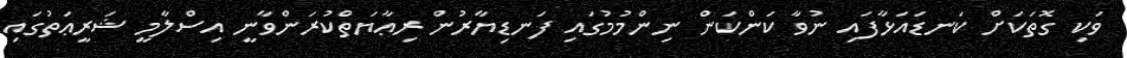
ވަކި ގޮތަކަށް ކަނޑައަޅާފައި ނުވާ ކަންކަން ނިންމުމުގައި ފަނޑިޔާރުން ރިޢާޔަތްކުރަންވާނީ އިސްލާމީ ޝަރީޢަތުގައި